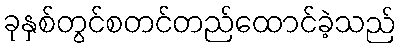
ခုနှစ်တွင်စတင်တည်ထောင်ခဲ့သည်